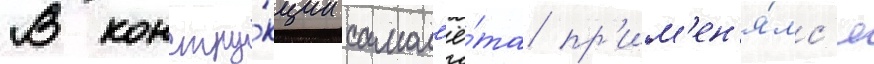
В констру́кции самол'ё́та пр'им'ен'я́лс'я